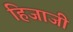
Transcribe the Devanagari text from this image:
हिजाजी